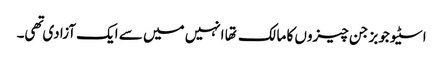
اسٹیو جوبز جن چیزوں کا مالک تها انہیں میں سے ایک آزادی تهی۔